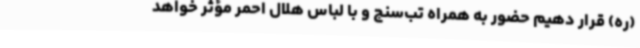
(ره) قرار دهیم حضور به همراه تب‌سنج و با لباس هلال احمر مؤثر خواهد